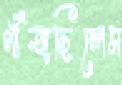
গাঁজছিলেম